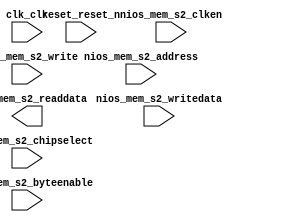

module botassium (
	clk_clk,
	reset_reset_n,
	nios_mem_s2_address,
	nios_mem_s2_chipselect,
	nios_mem_s2_clken,
	nios_mem_s2_write,
	nios_mem_s2_readdata,
	nios_mem_s2_writedata,
	nios_mem_s2_byteenable);	

	input		clk_clk;
	input		reset_reset_n;
	input	[6:0]	nios_mem_s2_address;
	input		nios_mem_s2_chipselect;
	input		nios_mem_s2_clken;
	input		nios_mem_s2_write;
	output	[31:0]	nios_mem_s2_readdata;
	input	[31:0]	nios_mem_s2_writedata;
	input	[3:0]	nios_mem_s2_byteenable;
endmodule